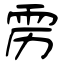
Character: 雳